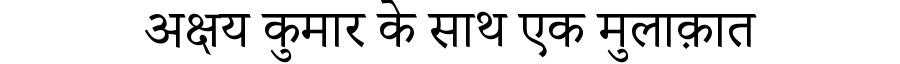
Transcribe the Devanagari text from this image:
अक्षय कुमार के साथ एक मुलाक़ात